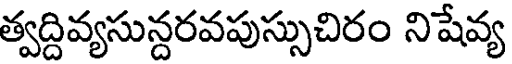
త్వద్దివ్యసున్దరవపుస్సుచిరం నిషేవ్య